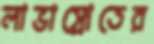
লাভাস্রোতের